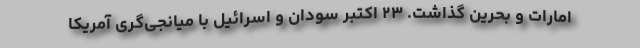
امارات و بحرین گذاشت. ۲۳ اکتبر سودان و اسرائیل با میانجی‌گری آمریکا